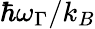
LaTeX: \hbar\omega_{\Gamma}/k_{B}